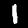
Digit: 1